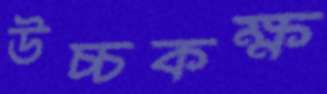
উচ্চকক্ষ